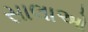
સાલાઓ